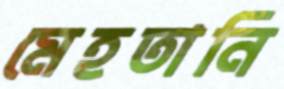
মেহতানি